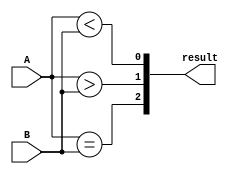
module comparator(
    input [1:0] A,
    input [1:0] B,
    output [2:0] result
);

assign result[2] = (A == B);
assign result[1] = (A > B);
assign result[0] = (A < B);

endmodule